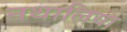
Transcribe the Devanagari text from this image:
नथालिया